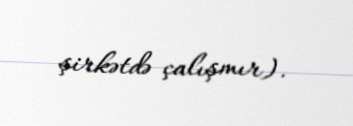
şirkətdə çalışmır).